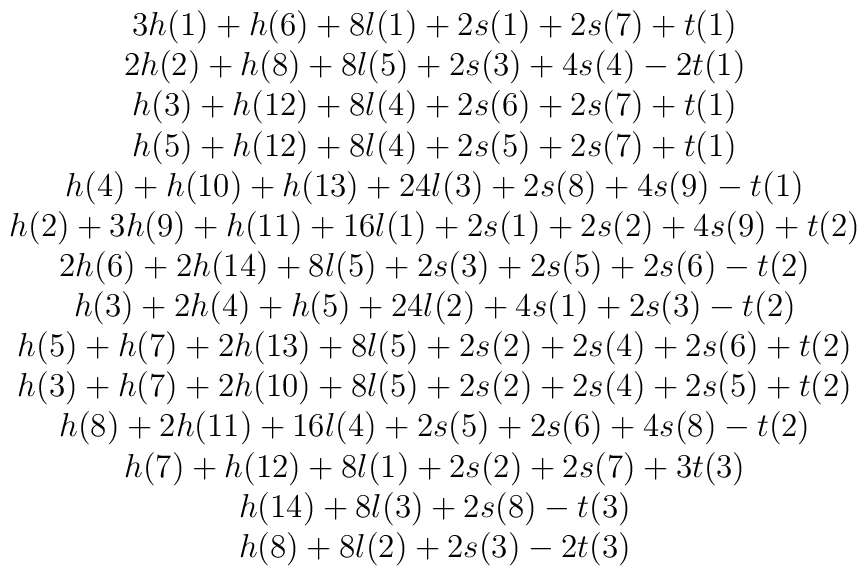
\begin{array}{c}{3 h(1) + h(6) + 8 l(1) + 2 s(1) + 2 s(7) + t(1)}\\{2 h(2) + h(8) + 8 l(5) + 2 s(3) + 4 s(4) - 2 t(1)}\\{h(3) + h(12) + 8 l(4) + 2 s(6) + 2 s(7) + t(1)}\\{h(5) + h(12) + 8 l(4) + 2 s(5) + 2 s(7) + t(1)}\\{h(4) + h(10) + h(13) + 24 l(3) + 2 s(8) + 4 s(9) - t(1)}\\{h(2) + 3 h(9) + h(11) + 16 l(1) + 2 s(1) + 2 s(2) + 4 s(9) + t(2)}\\{2 h(6) + 2 h(14) + 8 l(5) + 2 s(3) + 2 s(5) + 2 s(6) - t(2)}\\{h(3) + 2 h(4) + h(5) + 24 l(2) + 4 s(1) + 2 s(3) - t(2)}\\{h(5) + h(7) + 2 h(13) + 8 l(5) + 2 s(2) + 2 s(4) + 2 s(6) + t(2)}\\{h(3) + h(7) + 2 h(10) + 8 l(5) + 2 s(2) + 2 s(4) + 2 s(5) + t(2)}\\{h(8) + 2 h(11) + 16 l(4) + 2 s(5) + 2 s(6) + 4 s(8) - t(2)}\\{h(7) + h(12) + 8 l(1) + 2 s(2) + 2 s(7) + 3 t(3)}\\{h(14) + 8 l(3) + 2 s(8) - t(3)}\\{h(8) + 8 l(2) + 2 s(3) - 2 t(3)}\end{array}